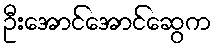
ဦးအောင်အောင်ဆွေက